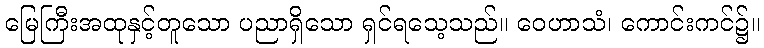
မြေကြီးအထုနှင့်တူသော ပညာရှိသော ရှင်ရသေ့သည်။ ဝေဟာသံ၊ ကောင်းကင်၌။